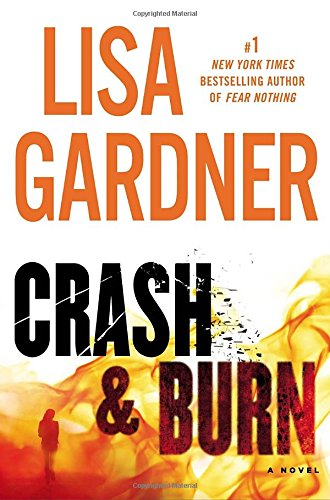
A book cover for Crash & Burn; Lisa Gardner; Mystery, Thriller & Suspense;